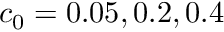
c _ { 0 } = 0 . 0 5 , 0 . 2 , 0 . 4